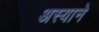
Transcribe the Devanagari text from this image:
अस्याने